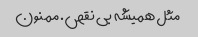
مثل همیشه بی نقص. ممنون